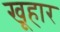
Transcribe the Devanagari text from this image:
खूहार